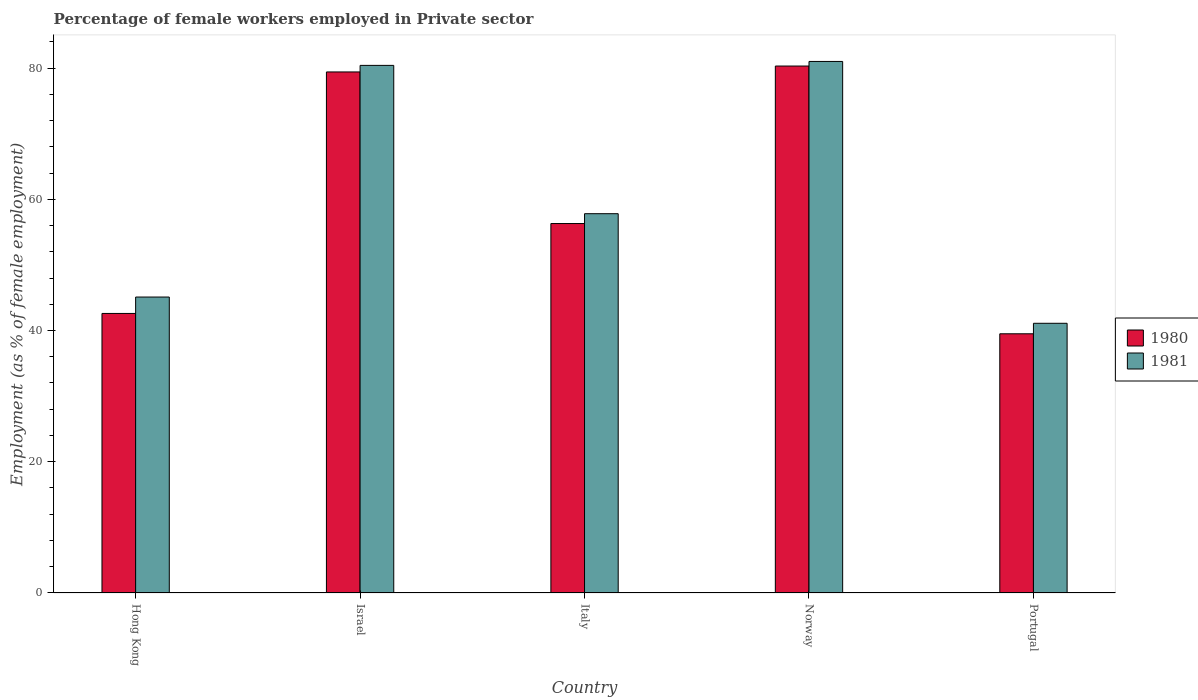
| Country | 1980 | 1981 |
 | --- | --- | --- |
 | Hong Kong | 42.6 | 45.1 |
 | Israel | 79.4 | 80.4 |
 | Italy | 56.3 | 57.8 |
 | Norway | 80.3 | 81 |
 | Portugal | 39.5 | 41.1 |